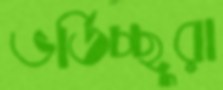
ভর্তিচ্ছুরা